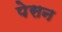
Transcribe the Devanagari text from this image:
पेसन